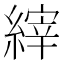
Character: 縡